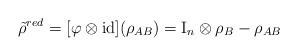
LaTeX: \begin{align*}\tilde\rho^{red} = [\varphi \otimes \mathrm{id}](\rho_{AB}) = \mathrm{I}_n \otimes \rho_B - \rho_{AB}\end{align*}